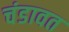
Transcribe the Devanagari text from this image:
चंडावत